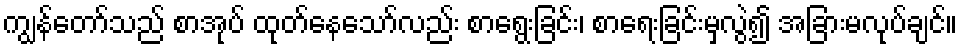
ကျွန်တော်သည် စာအုပ် ထုတ်နေသော်လည်း စာရွေးခြင်း၊ စာရေးခြင်းမှလွဲ၍ အခြားမလုပ်ချင်။